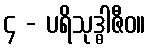
၄ - ပရိသုဒ္ဓါဇီဝ။